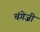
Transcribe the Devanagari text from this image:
चंगेज़ी